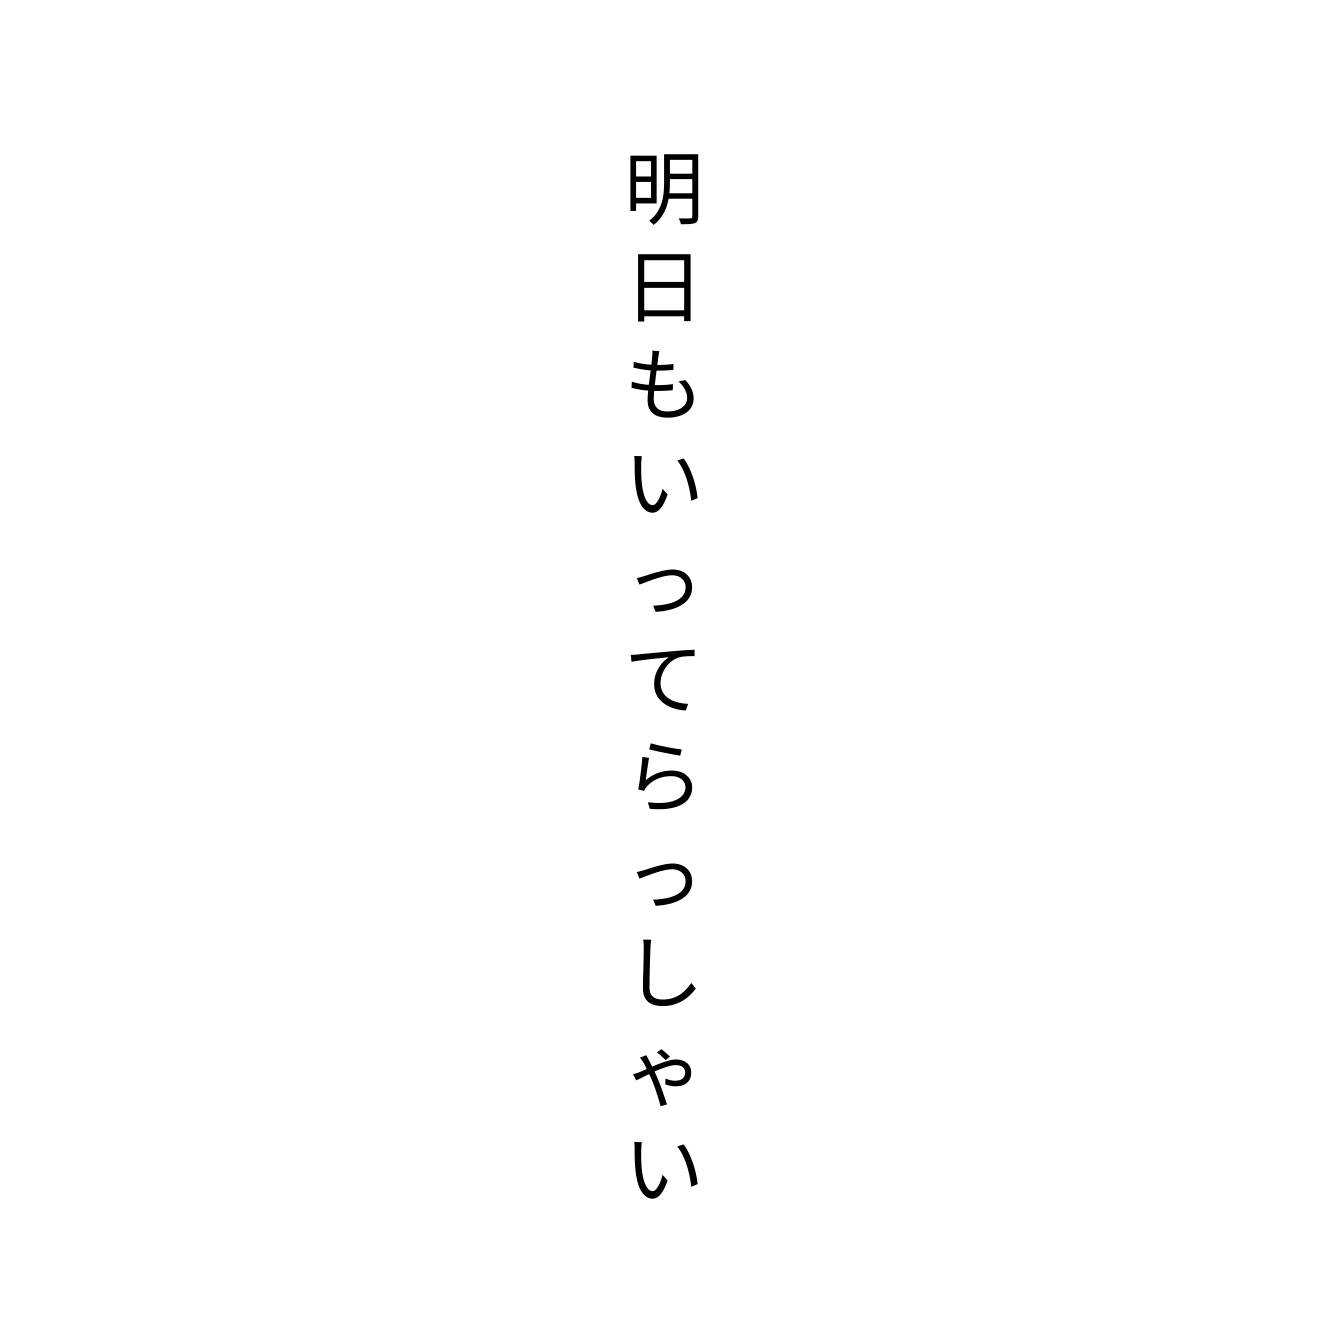
明日もいってらっしゃい